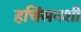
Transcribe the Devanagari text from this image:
हचिंसनशी